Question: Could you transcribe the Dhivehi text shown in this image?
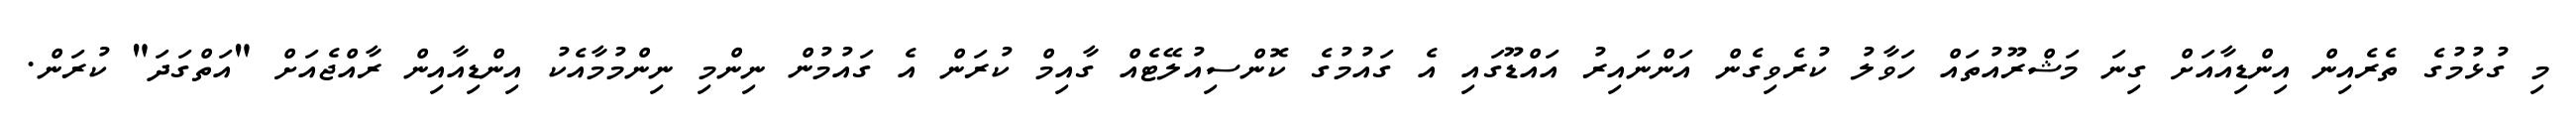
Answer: މި ގުޅުމުގެ ތެރެއިން އިންޑިއާއަށް ގިނަ މަޝްރޫއުތައް ހަވާލު ކުރެވިގެން އަންނައިރު އައްޑޫގައި އެ ގައުމުގެ ކޮންސިއުލޭޓެއް ގާއިމް ކުރަން އެ ގައުމުން ނިންމި ނިންމުމާއެކު އިންޑިއާއިން ރާއްޖެއަށް "އަތްގަދަ" ކުރަން.